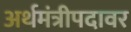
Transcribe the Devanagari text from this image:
अर्थमंत्रीपदावर